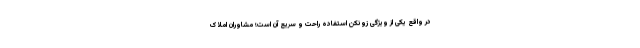
در واقع یکی از ویژگی زونکن استفاده راحت و سریع آن است؛ مشاوران املاک